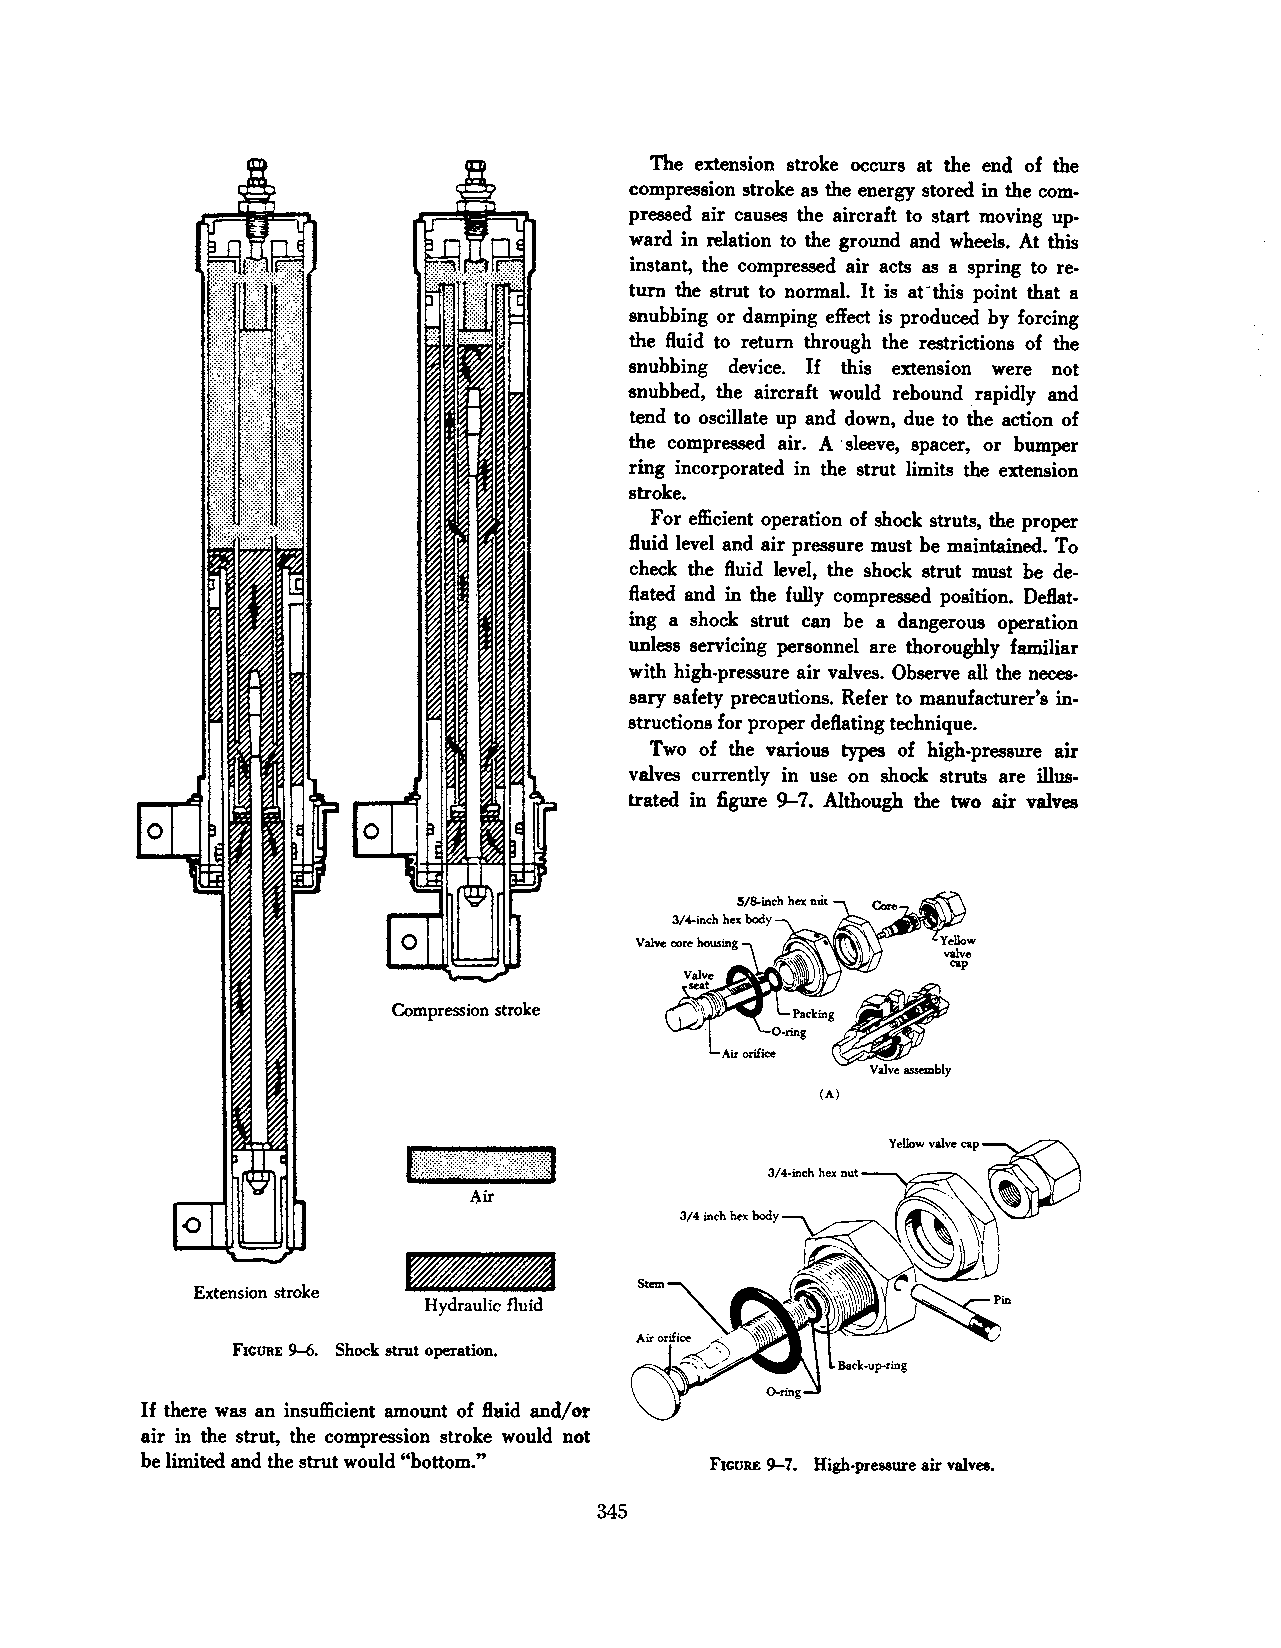
The extension stroke occurs at the end of the
 compression stroke as the energy stored in the com
 pressed air causes the aircraft to start moving up
 ward in relation to the ground and wheels. At this
 instant, the compressed air acts as a spring to re
 turn the strut to normal. It is anhis point that a
 snubbing or damping eftect is produced by forcing
 the fluid to return through the restrictions of the
 snubbing device. If this extension were not
 snubbed, the aircraft would rebound .r apidly and
 tend to oscillate up and down, due to the action of
 the compressed air. A ·sleeve, spacer, or bumper
 ring incorporated in the strut limits the extension
 stroke.
 For efficient operation of shock struts, the proper
 fluid level and air pressure must be maintained. To
 check the fluid level, the shock strut must be de
 flated and in the fully compressed position. Deflat
 ing a shock strut can be a dangerous operation
 unless servicing personnel are thoroughly familiar
 with high-pressure air valves. Observe all the neces
 sary safety precautions. Refer to manufacturer's in·
 structions for proper deflating technique.
 Two of the various types of high-pressure air
 valves currently in use on shock struts are illus
 trated in figure 9-7. Although the two air valves
 Compression stroke
 (A)
 lt:tt\t\\:\\\{:::\}}tf'tt]
 ~ir
 Extension stroke
 Hydraulic fluid
 FIGURE 9-6. Shock strut operation.
 If there was an insufficient amount of fluid and/or
 air in the strut, the compression stroke would not
 be limited and the strut would "bottom." FIGURE 9-7. High-pressure air valves.
 345